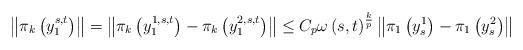
LaTeX: \begin{align*}\left\Vert \pi _{k}\left( y_{1}^{s,t}\right) \right\Vert =\left\Vert \pi_{k}\left( y_{1}^{1,s,t}\right) -\pi _{k}\left( y_{1}^{2,s,t}\right)\right\Vert \leq C_{p}\omega \left( s,t\right) ^{\frac{k}{p}}\left\Vert \pi_{1}\left( y_{s}^{1}\right) -\pi _{1}\left( y_{s}^{2}\right) \right\Vert \end{align*}